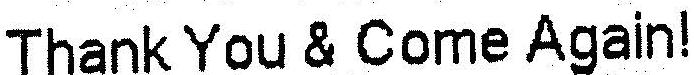
THANK YOU & COME AGAIN!